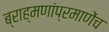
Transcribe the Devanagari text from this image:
ब्राह्मणांप्रमाणेंच